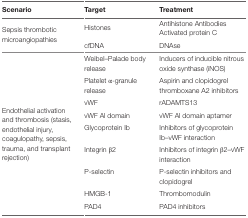
<table><thead><tr><td><b>Scenario</b></td><td><b>Target</b></td><td><b>Treatment</b></td></tr></thead><tbody><tr><td>Sepsis thrombotic microangiopathies</td><td>Histones</td><td>Antihistone Antibodies Activated protein C</td></tr><tr><td></td><td>cfDNA</td><td>DNAse</td></tr><tr><td rowspan="9">Endothelial activation and thrombosis (stasis, endothelial injury, coagulopathy, sepsis, trauma, and transplant rejection)</td><td>Weibel–Palade body release</td><td>Inducers of inducible nitrous oxide synthase (iNOS)</td></tr><tr><td>Platelet α-granule release</td><td>Aspirin and clopidogrel thromboxane A2 inhibitors</td></tr><tr><td>vWF</td><td>rADAMTS13</td></tr><tr><td>vWF Al domain</td><td>vWF Al domain aptamer</td></tr><tr><td>Glycoprotein Ib</td><td>Inhibitors of glycoprotein Ib–vWF interaction</td></tr><tr><td>Integrin β2</td><td>Inhibitors of integrin β2–vWF interaction</td></tr><tr><td>P-selectin</td><td>P-selectin inhibitors and clopidogrel</td></tr><tr><td>HMGB-1</td><td>Thrombomodulin</td></tr><tr><td>PAD4</td><td>PAD4 inhibitors</td></tr></tbody></table>